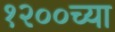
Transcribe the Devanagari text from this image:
१२००च्या